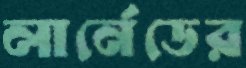
লার্নেডের